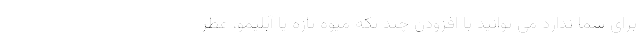
برای شما ندارد می توانید با افزودن چند تکه میوه تازه یا آبلیمو، عطر